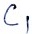
Text: C1